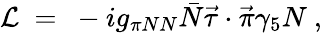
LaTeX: {\cal L}\ =\ -ig_{\pi NN}{\bar{N}}{\vec{\tau}}\cdot{\vec{\pi}}\gamma_{5}N\ ,